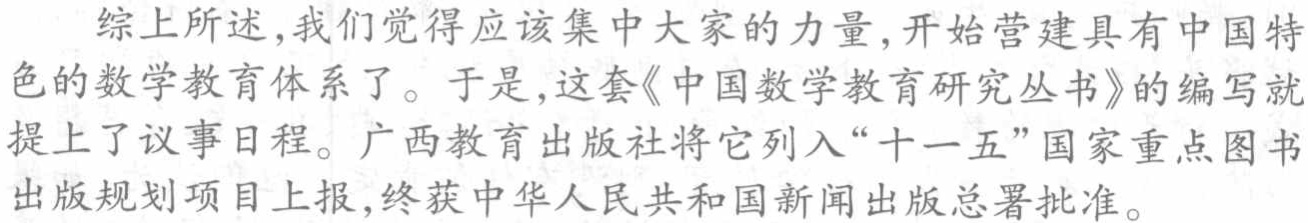
综上所述,我们觉得应该集中大家的力量,开始营建具有中国特色的数学教育体系了。于是,这套《中国数学教育研究丛书》的编写就提上了议事日程。广西教育出版社将它列入“十一五”国家重点图书出版规划项目上报,终获中华人民共和国新闻出版总署批准。